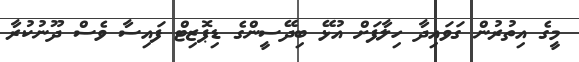
މީގެ އިތުރުން ގަވައިދާ ހިލާފަށް އުޅޭ ބިދޭސީންގެ ޑިޕޮޒިޓް ފައިސާ ވެސް ދޫނުކުރާ